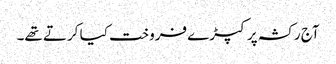
آج رکشہ پر کپڑے فروخت کیا کرتے تھے۔